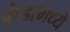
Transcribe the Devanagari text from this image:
कुंडामध्ये